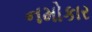
નમોકાર